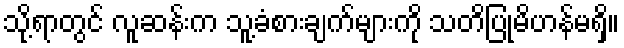
သို့ရာတွင် လူဆန်းက သူ့ခံစားချက်များကို သတိပြုမိဟန်မရှိ။